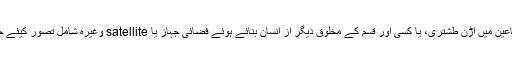
ایسے اصطناعین میں اڑن طشتری، یا کسی اور قسم کے مخلوق دیگر از انسان بنائے ہوئے فضائی جہاز یا satellite وغیرہ شامل تصور کیئے جاسکتے ہیں۔